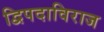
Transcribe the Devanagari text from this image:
द्विपदाविराज